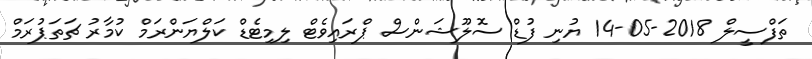
ތަފްސީލް 2018-05-14 ޔުނި ފުޑް ސޮލޫޝަންސް ޕްރައިވެޓް ލިމިޓެޑް ކަލްޔަންރަމް ކުމާރު ޗަތަޕުރަމް